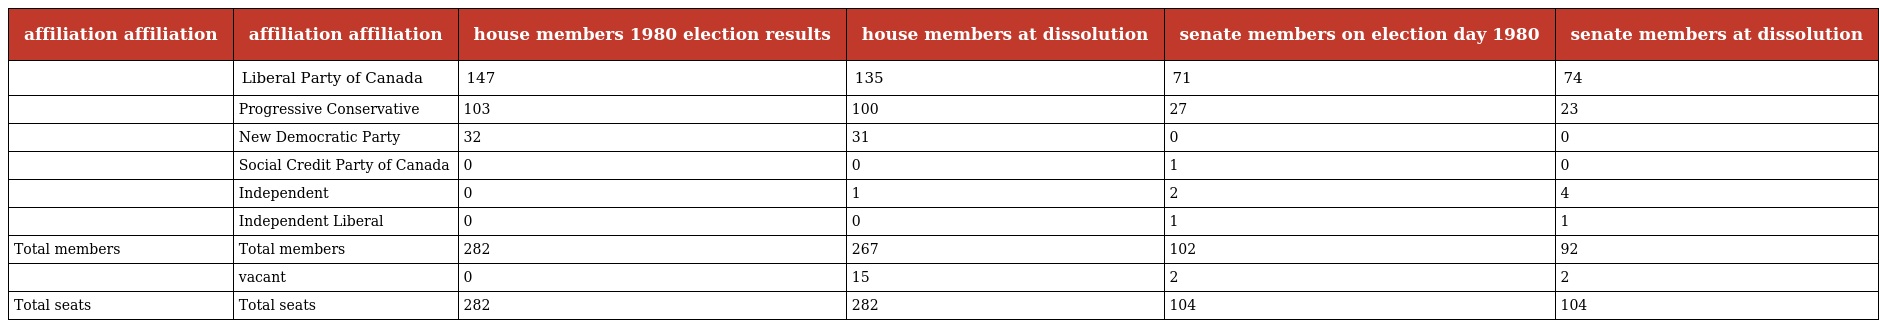
| affiliation affiliation | affiliation affiliation | house members 1980 election results | house members at dissolution | senate members on election day 1980 | senate members at dissolution |
 | --- | --- | --- | --- | --- | --- |
 |  | Liberal Party of Canada | 147 | 135 | 71 | 74 |
 |  | Progressive Conservative | 103 | 100 | 27 | 23 |
 |  | New Democratic Party | 32 | 31 | 0 | 0 |
 |  | Social Credit Party of Canada | 0 | 0 | 1 | 0 |
 |  | Independent | 0 | 1 | 2 | 4 |
 |  | Independent Liberal | 0 | 0 | 1 | 1 |
 | Total members | Total members | 282 | 267 | 102 | 92 |
 |  | vacant | 0 | 15 | 2 | 2 |
 | Total seats | Total seats | 282 | 282 | 104 | 104 |